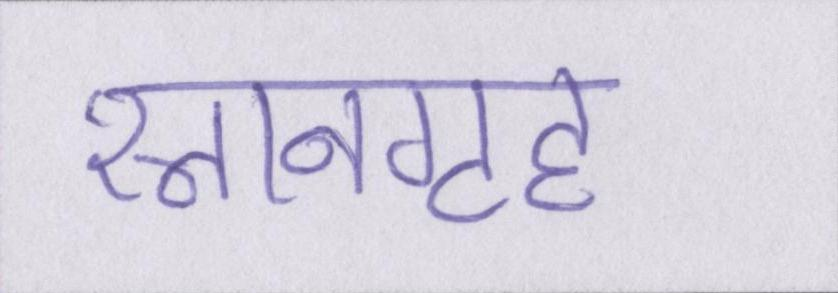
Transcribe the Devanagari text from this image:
स्नानगृह